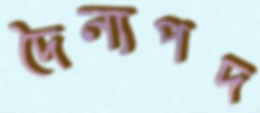
দৈন্যপদ